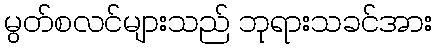
မွတ်စလင်များသည် ဘုရားသခင်အား